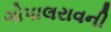
ગોપાલરાવની